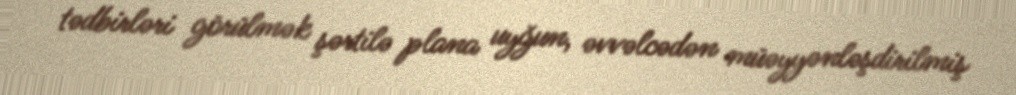
tədbirləri görülmək şərtilə plana uyğun, əvvəlcədən müəyyənləşdirilmiş